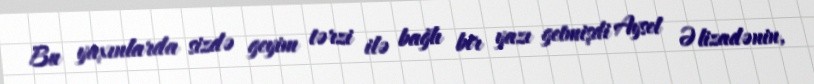
Bu yaxınlarda sizdə geyim tərzi ilə bağlı bir yazı getmişdi Aysel Əlizadənin,